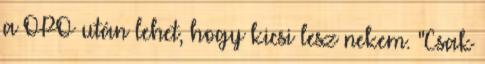
a OPO után lehet, hogy kicsi lesz nekem. "Csak